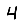
Digit: 4